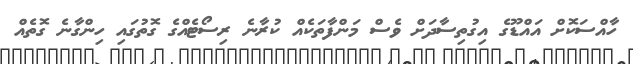
ހާއްސަކޮށް އައްޑޫގެ އިގުތިސާދަށް ވެސް މަންފާތަކެއް ކުރާނެ ރިސޯޓެއްގެ ގޮތުގައި ހިންގާނެ ގޮތެއް